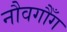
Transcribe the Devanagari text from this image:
नौवगौँग